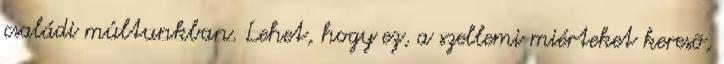
családi múltunkban. Lehet, hogy ez, a szellemi miérteket keresõ,